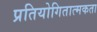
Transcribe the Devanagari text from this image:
प्रतियोगितात्मकता